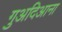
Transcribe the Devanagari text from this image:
गुअदिआना